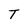
Character: T